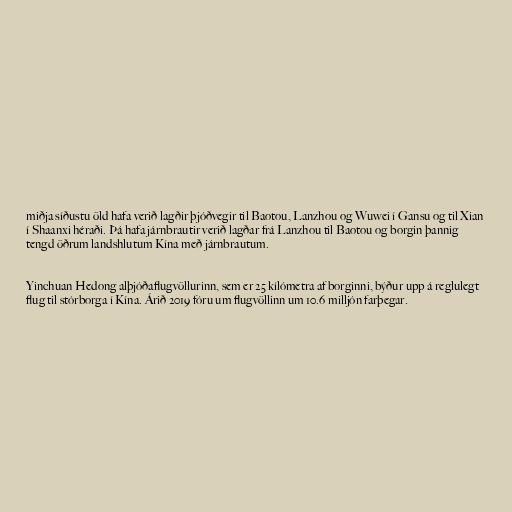
miðja síðustu öld hafa verið lagðir þjóðvegir til Baotou, Lanzhou og Wuwei í Gansu og til Xian
í Shaanxi héraði. Þá hafa járnbrautir verið lagðar frá Lanzhou til Baotou og borgin þannig
tengd öðrum landshlutum Kína með járnbrautum.

Yinchuan Hedong alþjóðaflugvöllurinn, sem er 25 kílómetra af borginni, býður upp á reglulegt
flug til stórborga í Kína. Árið 2019 fóru um flugvöllinn um 10.6 milljón farþegar.